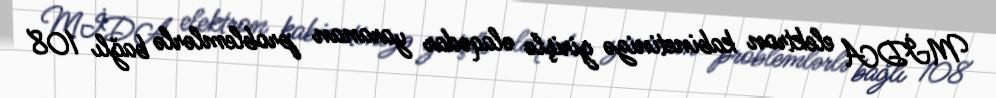
MİDA elektron kabinetinizə girişlə əlaqədar yaranan problemlərlə bağlı 108